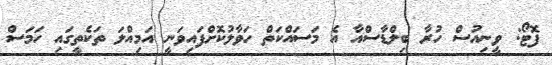
ފޮޓޯ: ވީނިއުސް ހުރާ ބިލްޑާސްއާ އެ މަސައްކަތް ހަވާލުކޮށްފައިވަނީ އަމިއްލަ ތަކެތީގައި ހަމަސް